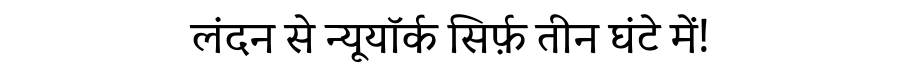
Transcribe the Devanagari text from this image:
लंदन से न्यूयॉर्क सिर्फ़ तीन घंटे में!